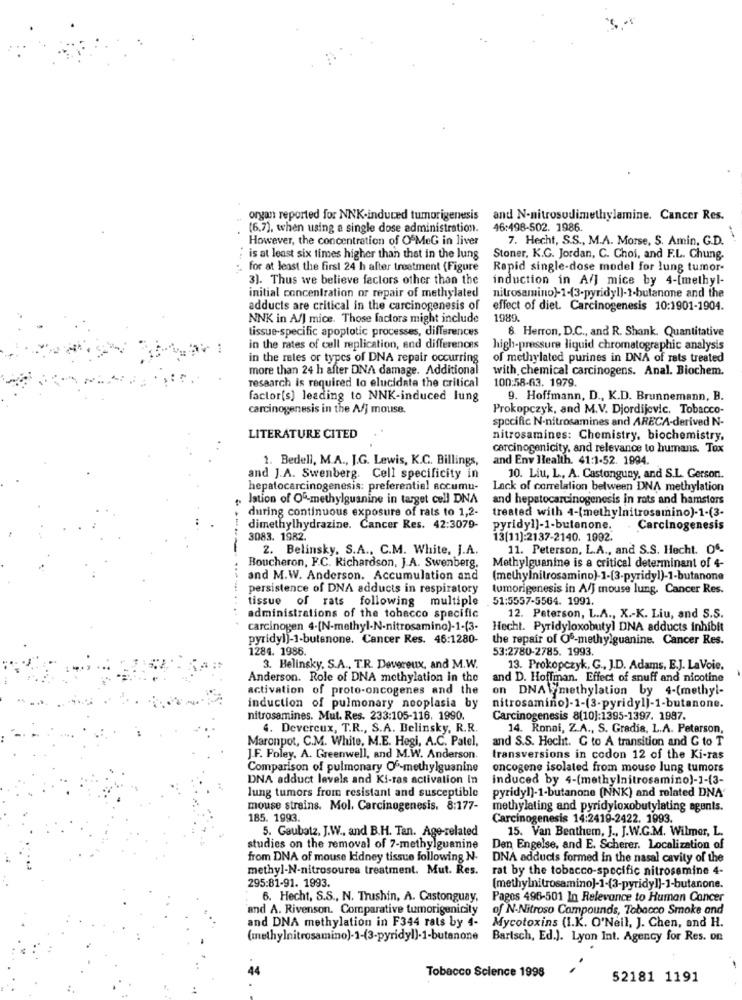
organ reported for NNK-induced tumorigenesis
and N-nitrosodimethylamine. Cancer Res.
(6.7), when using a single dose administration.
46:498-502. 1986.
However, the concentration of OFMeG in liver
7. Hecht, S.S ., M.A. Morse, S. Amin, G.D.
;is at least six times higher than that in the lung
Stoner, K.G. Jordan, C. Choi, and F.L. Chung
. for at least the first 24 h after treatment (Figure
Rapid single-dose model for lung tumor-
3). Thus we believe factors other than the
induction in A/] mice by 4-[methyl-
nitrosamino)-1-(3.pyridyl)-1-butanone and the
initial concentration or repair of methylated
adducts are critical in the carcinogenesis of
effect of diet. Carcinogenesis 10:1901-1904.
NNK in A/J mice. Those factors might include
1989.
tissue-specific apoptotic processes, differences
8. Herron, D.C ., and R. Shank. Quantitative
in the rates of cell replication, and differences
high-pressure liquid chromatographic analysis
in the retes or types of DNA repair occurring
of methylated purines in DNA of rats treated
more than 24 h after DNA damage. Additional
with chemical carcinogens. Anal. Biochem.
research is required lo elucidata the critical
100:58-63. 1979.
factor[s] leading to NNK-induced lung
9. Hoffmann, D ., K.D. Brunnemann, B.
carcinogenesis in the A/] mouse.
Prokopczyk, and M.V. Djordijevic. Tobacco-
specific N-nitrosamines and ARECA-derived N-
LITERATURE CITED
nitrosamines: Chemistry, biochemistry,
carcinogenicity, and relevance to humans. Tox
1. Bedell, M.A ., J.G. Lewis, K.C. Billings, and Env Health. 41:1-52. 1994.
and J.A. Swenberg. Cell specificity in
10. Liu, L, A. Castonguny, and S.L. Gerson.
hepatocarcinogenesis: preferential accumu-
Lack of correlation between DNA methylation
Jation of OG-methylguanine in target cell DNA
and hepatocarcinogenesis in rats and hamsters
during continuous exposure of rats to 1,2
treated with 4-(methylnitrosamino)-1-(3-
dimethylhydrazine. Cancer Res. 42:3079-
pyridyl)-1-butenone.
Carcinogenesis
----
3083. 1982.
13[11]:2137-2140. 1992.
2. Belinsky, S.A ., C.M. White, J.A.
11. Peterson, L.A ., and S.S. Hecht. 04.
Boucheron, F.C. Richardson, J.A. Swenberg.
Methylguanine is a critical determinant of 4-
and M.W. Anderson. Accumulation and
(methylnitrosamino)-1-[3-pyridyl)-1-butanone
persistence of DNA adducts in respiratory
tumorigenesis in A/J mouse lung. Cancer Res.
tissue of rats following multiple
51:5557-5564. 1991.
administrations of the tobacco specific
12. Peterson, L.A ., X .- K. Liu, and S.S.
carcinogen 4-[N-methyl-N-nitrosamino)-1-(3-
Hecht. Pyridyloxobutyl DNA adducts inhibit
pyridyl]-1-butenone. Cancer Res. 46:1280-
the repair of Oº-methylguanine. Cancer Res.
1284. 1986.
53:2780-2785. 1993.
3. Belinsky, S.A ., TR. Devereux, and M.W.
13. Prokopczyk, G ., J.D. Adams, E.J. LaVoie,
Anderson. Role of DNA methylation in the
and D. Hoffman. Effect of snuff and nicotine
activation of proto-oncogenes and the
on DNAmethylation by 4-(methyl-
induction of pulmonary neoplasia by
nitrosamino)-1-(3-pyridyl)-1-butanone.
nitrosamines. Mut. Res. 233:105-116, 1990.
Carcinogenesis 8(10]:1395-1397. 1987.
4. Devereux, T.R ., S.A. Belinsky, R.R.
14. Ronai, Z.A ., S. Gradis, L.A. Peterson,
Maronpot, C.M. White, M.E. Hegi, A.C. Patel,
and S.S. Hecht. G to A transition and G to T
J.F. Foley. A. Greenwell, and M.W. Anderson.
transversions in codon 12 of the Ki-ras
Comparison of pulmonary Of-methylguanine
oncogene isolated from mouse lung tumors
DNA adduct levels and Ki-ras activation In
induced by 4-(methylnitrosamino)-1-13-
lung tumors from resistant and susceptible
pyridyl)-1-butanone (NNK) and related DNA
mouse strains. Mol. Carcinogenesis. 8:177-
methylating and pyridyloxobutylating agents.
185. 1993.
Carcinogenesis 14:2419-2422. 1993.
5. Gaubatz, J.W ., and B.H. Tan. Age-related
15. Van Benthem, J ., J.W.G.M. Wilmer, L.
studies on the removal of 7-methylguanine
Den Engelse, and E. Scherer. Localization of
from DNA of mouse kidney tissue following N.
DNA adducts formed in the nasal cavity of the
methyl-N-nitrosourea treatment. Mut. Res.
rat by the tobacco-specific nitrosemine 4-
295:81-91. 1993.
(methylnitrosamino]-1-(3-pyridy]]-1-butanone.
6. Hecht, S.S ., N. Trushin, A. Castonguay,
Pagos 496-501 In Relevance to Human Cancer
and A. Rivenson. Comparative tumorigenicity
of N-Nitroso Compounds, Tobacco Smoke and
Mycotoxins (I.K. O'Neil, J. Chen, and H.
and DNA methylation in F344 rats by 4-
(methylnitrosamino)-1-(3-pyridyl)-1-butanone
Bartsch, Ed.). Lyon Int. Agency for Res. on
Tobacco Science 1998
52181 1191